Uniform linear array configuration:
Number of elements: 12
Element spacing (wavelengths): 0.5
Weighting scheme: binomial
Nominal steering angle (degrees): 60
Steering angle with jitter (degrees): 58.657
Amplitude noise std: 0.05
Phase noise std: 0.05

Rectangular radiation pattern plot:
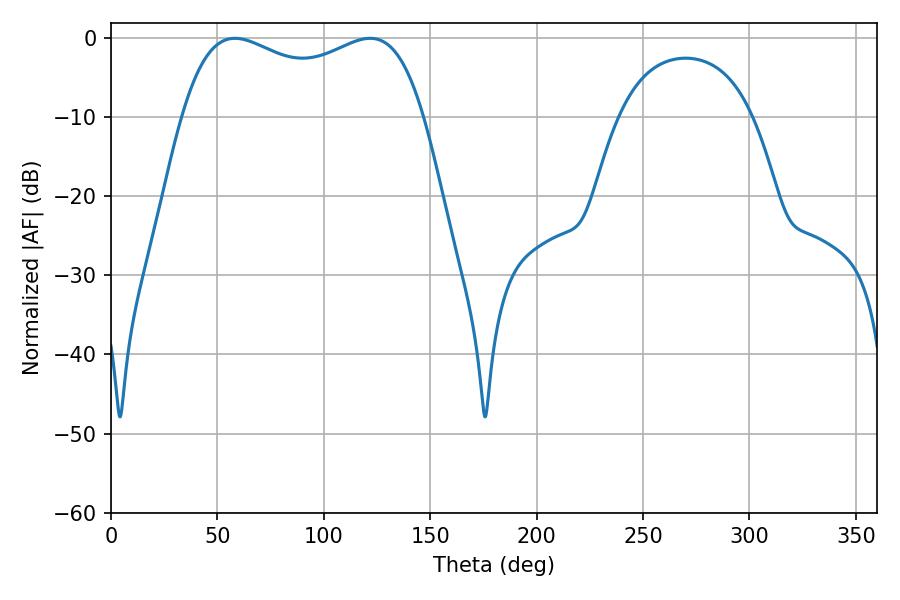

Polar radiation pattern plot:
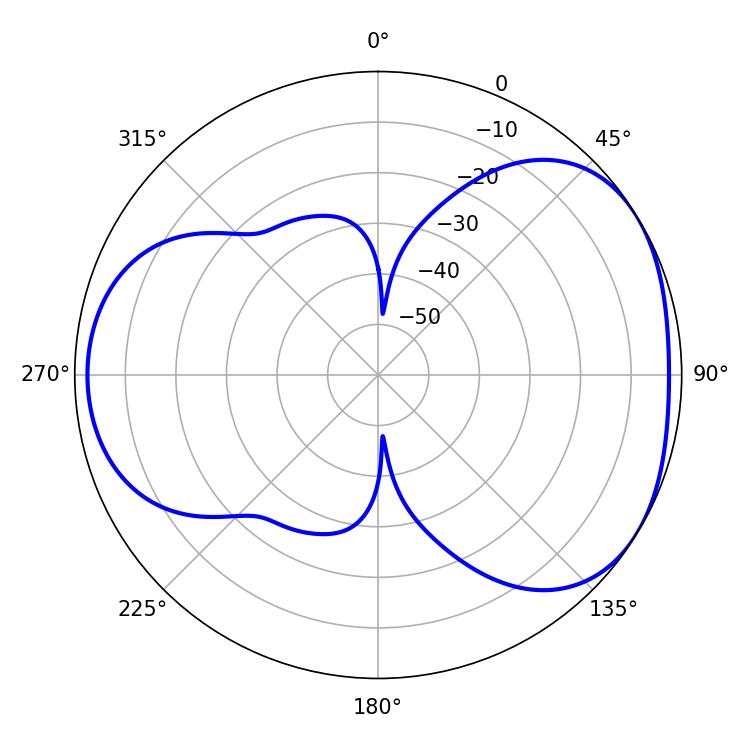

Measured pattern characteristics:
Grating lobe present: FALSE
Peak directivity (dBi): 4.141
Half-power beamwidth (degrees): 93.24
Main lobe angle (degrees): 58.32